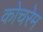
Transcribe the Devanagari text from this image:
कोचरेम